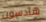
هادسون